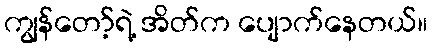
ကျွန်တော့်ရဲ့ အိတ်က ပျောက်နေတယ်။